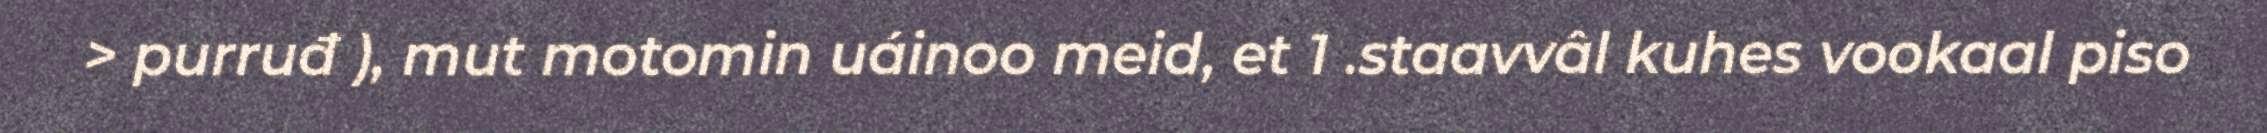
> purruđ ), mut motomin uáinoo meid, et 1 .staavvâl kuhes vookaal piso